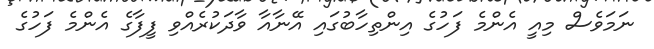
ނަމަވެސް މިއީ އެންމެ ފަހުގެ އިންތިހާބުގައި އޭނާއާ ވާދަކުރެއްވި ފީފާގެ އެންމެ ފަހުގެ